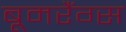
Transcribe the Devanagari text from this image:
बूमरैंग्स